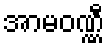
အာမဝဏ္ဏီ